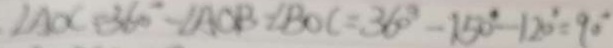
\angle A O C = 3 6 0 ^ { \circ } - \angle A O B - \angle B O C = 3 6 0 ^ { \circ } - 1 5 0 ^ { \circ } - 1 2 0 ^ { \circ } = 9 0 ^ { \circ }